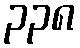
၃၃၈